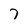
Character: 7